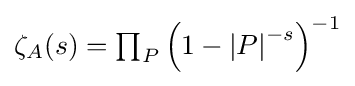
{\textstyle \zeta _{A}(s)=\prod _{P}\left(1-\left|P\right|^{-s}\right)^{-1}}